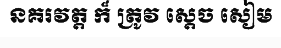
នគរវត្ត ក៏ ត្រូវ ស្តេច សៀម